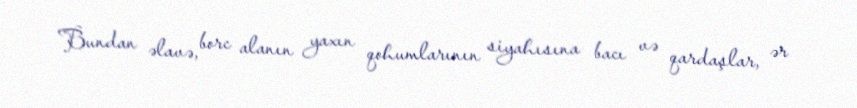
Bundan əlavə, borc alanın yaxın qohumlarının siyahısına bacı və qardaşlar, ər